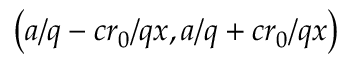
\left( a / q - c r _ { 0 } / q x , a / q + c r _ { 0 } / q x \right)